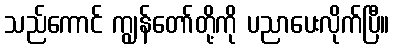
သည်ကောင် ကျွန်တော်တို့ကို ပညာပေးလိုက်ပြီ။